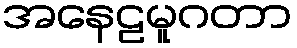
အနေဠမူဂတာ